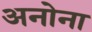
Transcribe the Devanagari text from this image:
अनोना